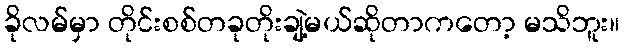
ခိုလမ်မှာ တိုင်းစစ်တခုတိုးချဲ့မယ်ဆိုတာကတော့ မသိဘူး။